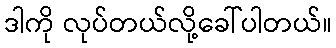
ဒါကို လုပ်တယ်လို့ခေါ်ပါတယ်။